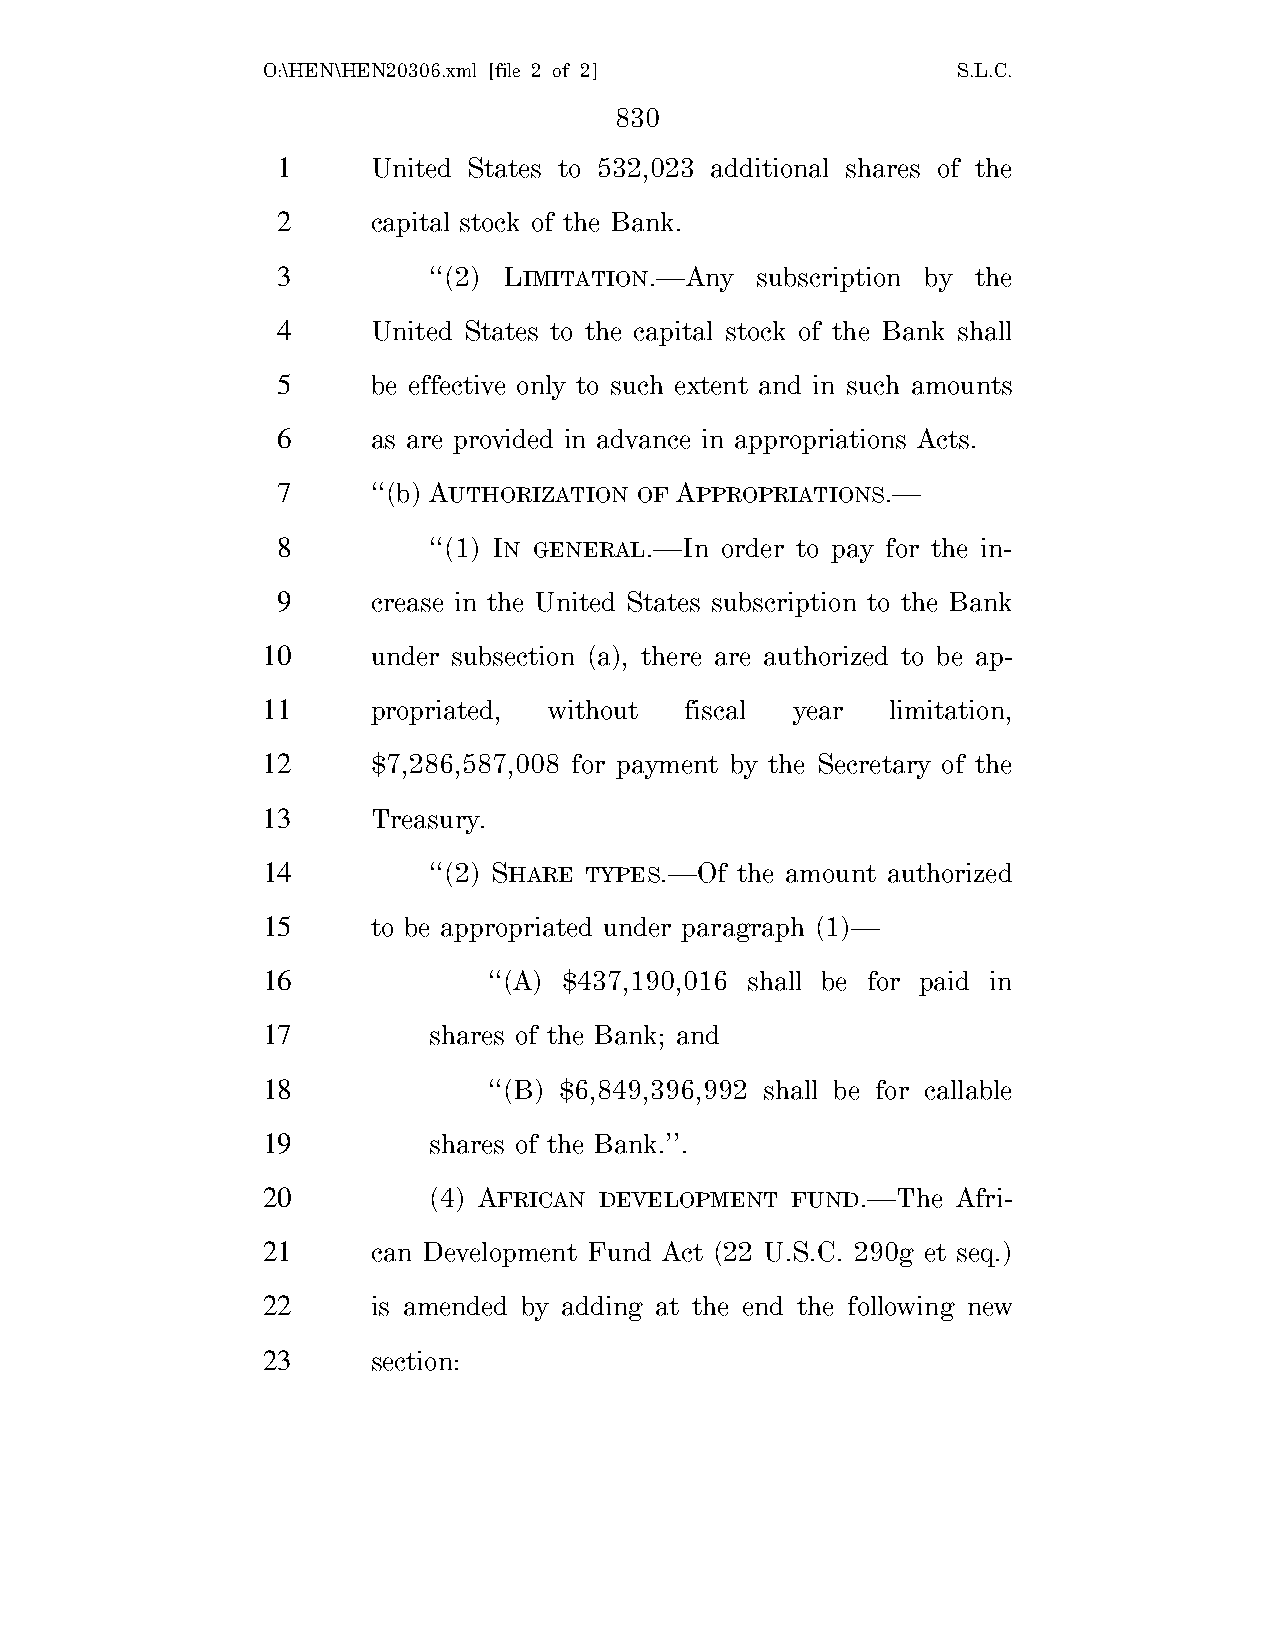
O:\HEN\HEN20306.xml [file 2 of 2]             S.L.C.
 830
 1      United States to 532,023 additional shares of the
 2      capital stock of the Bank.
 3         ‘‘(2) LIMITATION.—Any subscription by the
 4      United States to the capital stock of the Bank shall
 5      be effective only to such extent and in such amounts
 6      as are provided in advance in appropriations Acts.
 7      ‘‘(b) AUTHORIZATION OF APPROPRIATIONS.—
 8         ‘‘(1) IN GENERAL.—In order to pay for the in-
 9      crease in the United States subscription to the Bank
 10      under subsection (a), there are authorized to be ap-
 11      propriated, without fiscal year   limitation,
 12      $7,286,587,008 for payment by the Secretary of the
 13      Treasury.
 14         ‘‘(2) SHARE TYPES.—Of the amount authorized
 15      to be appropriated under paragraph (1)—
 16             ‘‘(A) $437,190,016 shall be for paid in
 17         shares of the Bank; and
 18             ‘‘(B) $6,849,396,992 shall be for callable
 19         shares of the Bank.’’.
 20         (4) AFRICAN DEVELOPMENT FUND.—The  Afri-
 21      can Development Fund Act (22 U.S.C. 290g et seq.)
 22      is amended by adding at the end the following new
 23      section: